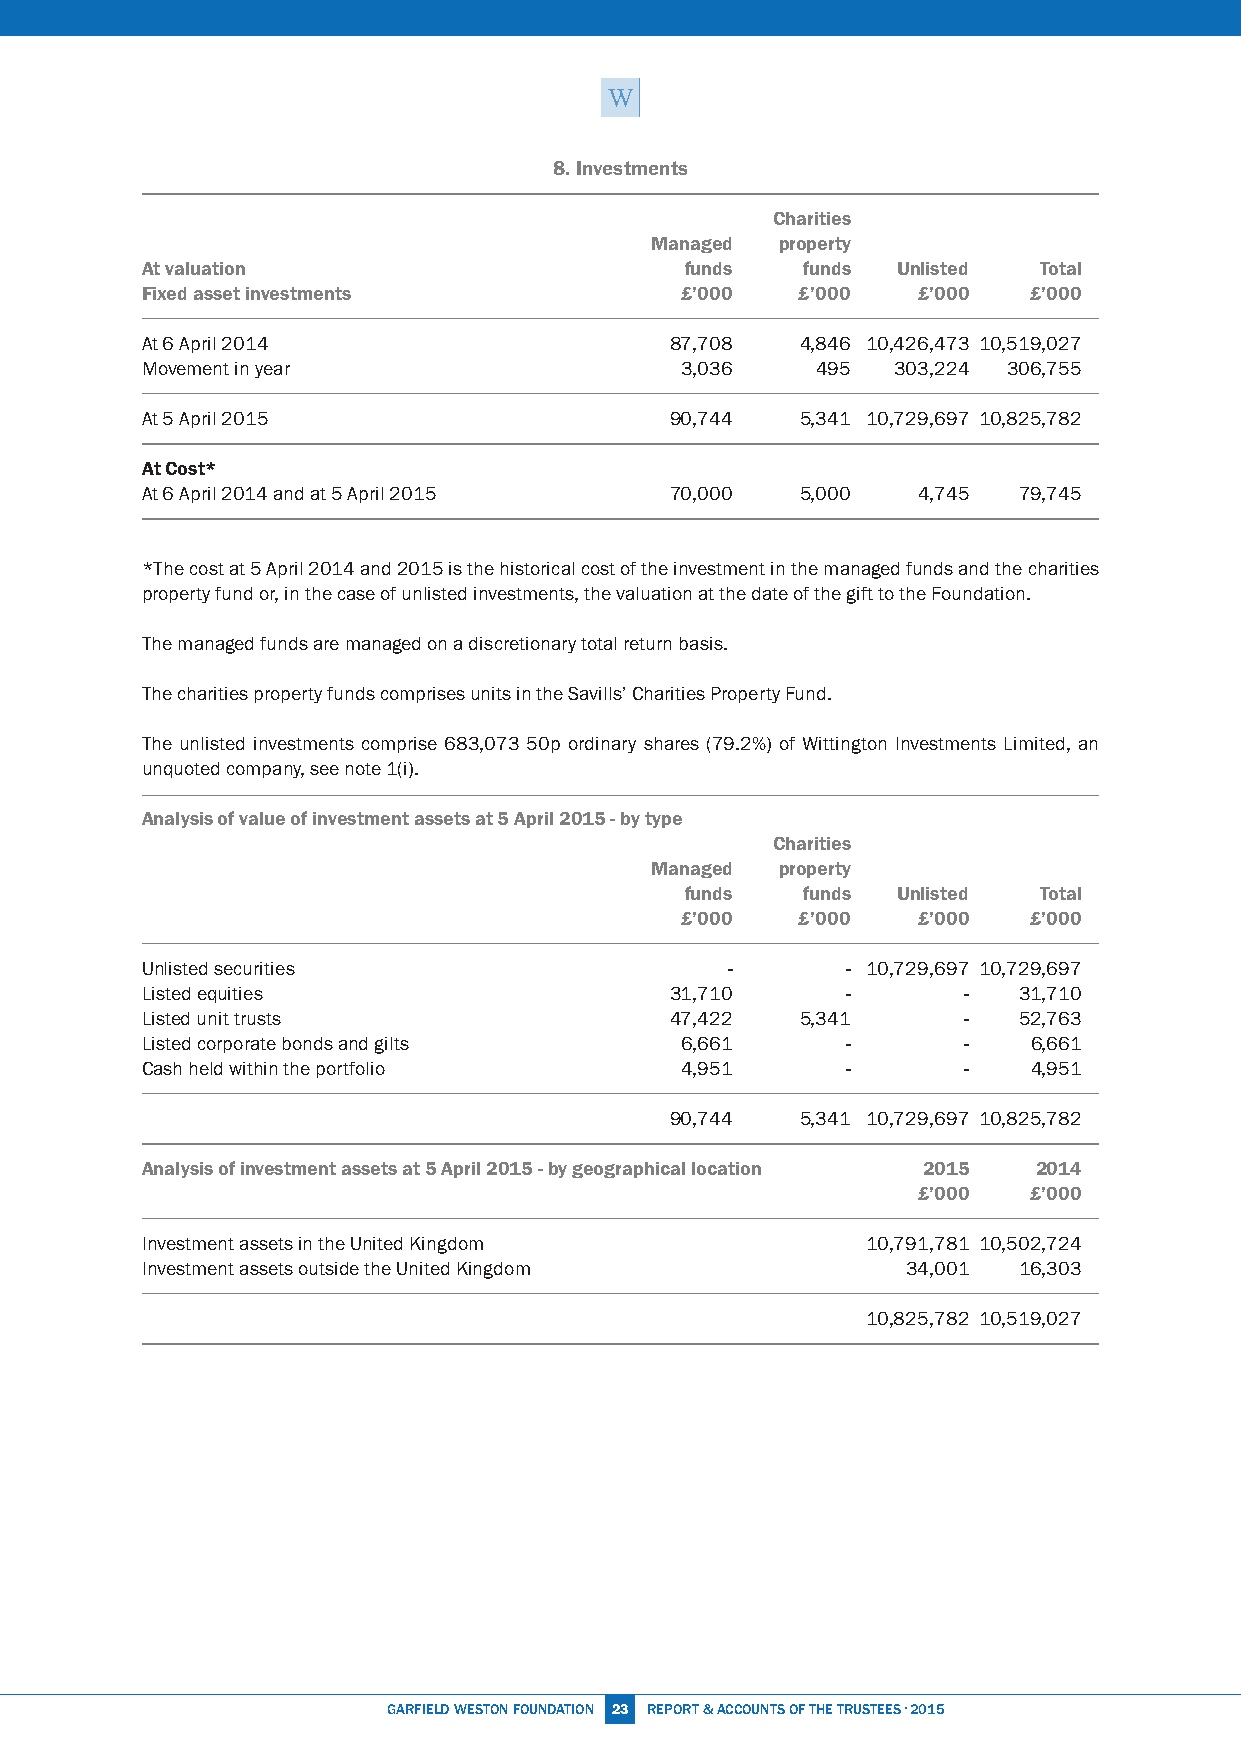
8. Investments
 Charities
 Managed  property
 At valuation                        funds   funds Unlisted  Total
 Fixed asset investments             £’000   £’000   £’000  £’000
 At 6 April 2014                    87,708   4,846 10,426,473 10,519,027
 Movement in year                    3,036    495  303,224 306,755
 At 5 April 2015                    90,744   5,341 10,729,697 10,825,782
 At Cost*
 At 6 April 2014 and at 5 April 2015 70,000  5,000   4,745 79,745
 *The cost at 5 April 2014 and 2015 is the historical cost of the investment in the managed funds and the charities
 property fund or, in the case of unlisted investments, the valuation at the date of the gift to the Foundation.
 The managed funds are managed on a discretionary total return basis.
 The charities property funds comprises units in the Savills’ Charities Property Fund.
 The unlisted investments comprise 683,073 50p ordinary shares (79.2%) of Wittington Investments Limited, an
 unquoted company, see note 1(i).
 Analysis of value of investment assets at 5 April 2015 - by type
 Charities
 Managed  property
 funds   funds Unlisted  Total
 £’000   £’000   £’000  £’000
 Unlisted securities                    -       - 10,729,697 10,729,697
 Listed equities                    31,710      -       -  31,710
 Listed unit trusts                 47,422   5,341      -  52,763
 Listed corporate bonds and gilts    6,661      -       -   6,661
 Cash held within the portfolio      4,951      -       -   4,951
 90,744   5,341 10,729,697 10,825,782
 Analysis of investment assets at 5 April 2015 - by geographical location 2015 2014
 £’000  £’000
 Investment assets in the United Kingdom         10,791,781 10,502,724
 Investment assets outside the United Kingdom       34,001 16,303
 10,825,782 10,519,027
 GARFiEld WESTON FOUNdATiON 23 REPORT & ACCOUNTS OF THE TRUSTEES · 2015